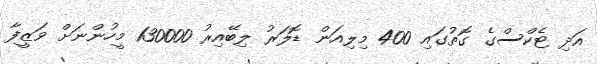
އަދި ޓެކްސްގެ ގޮތުގައި 400 މިލިއަން ޑޮލަރު ލިބޭއިރު 130000 މީހުންނަށް ވަޒީފާ